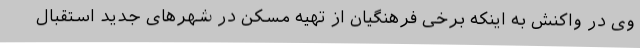
وی در واکنش به اینکه برخی فرهنگیان از تهیه مسکن در شهرهای جدید استقبال